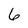
Character: 6